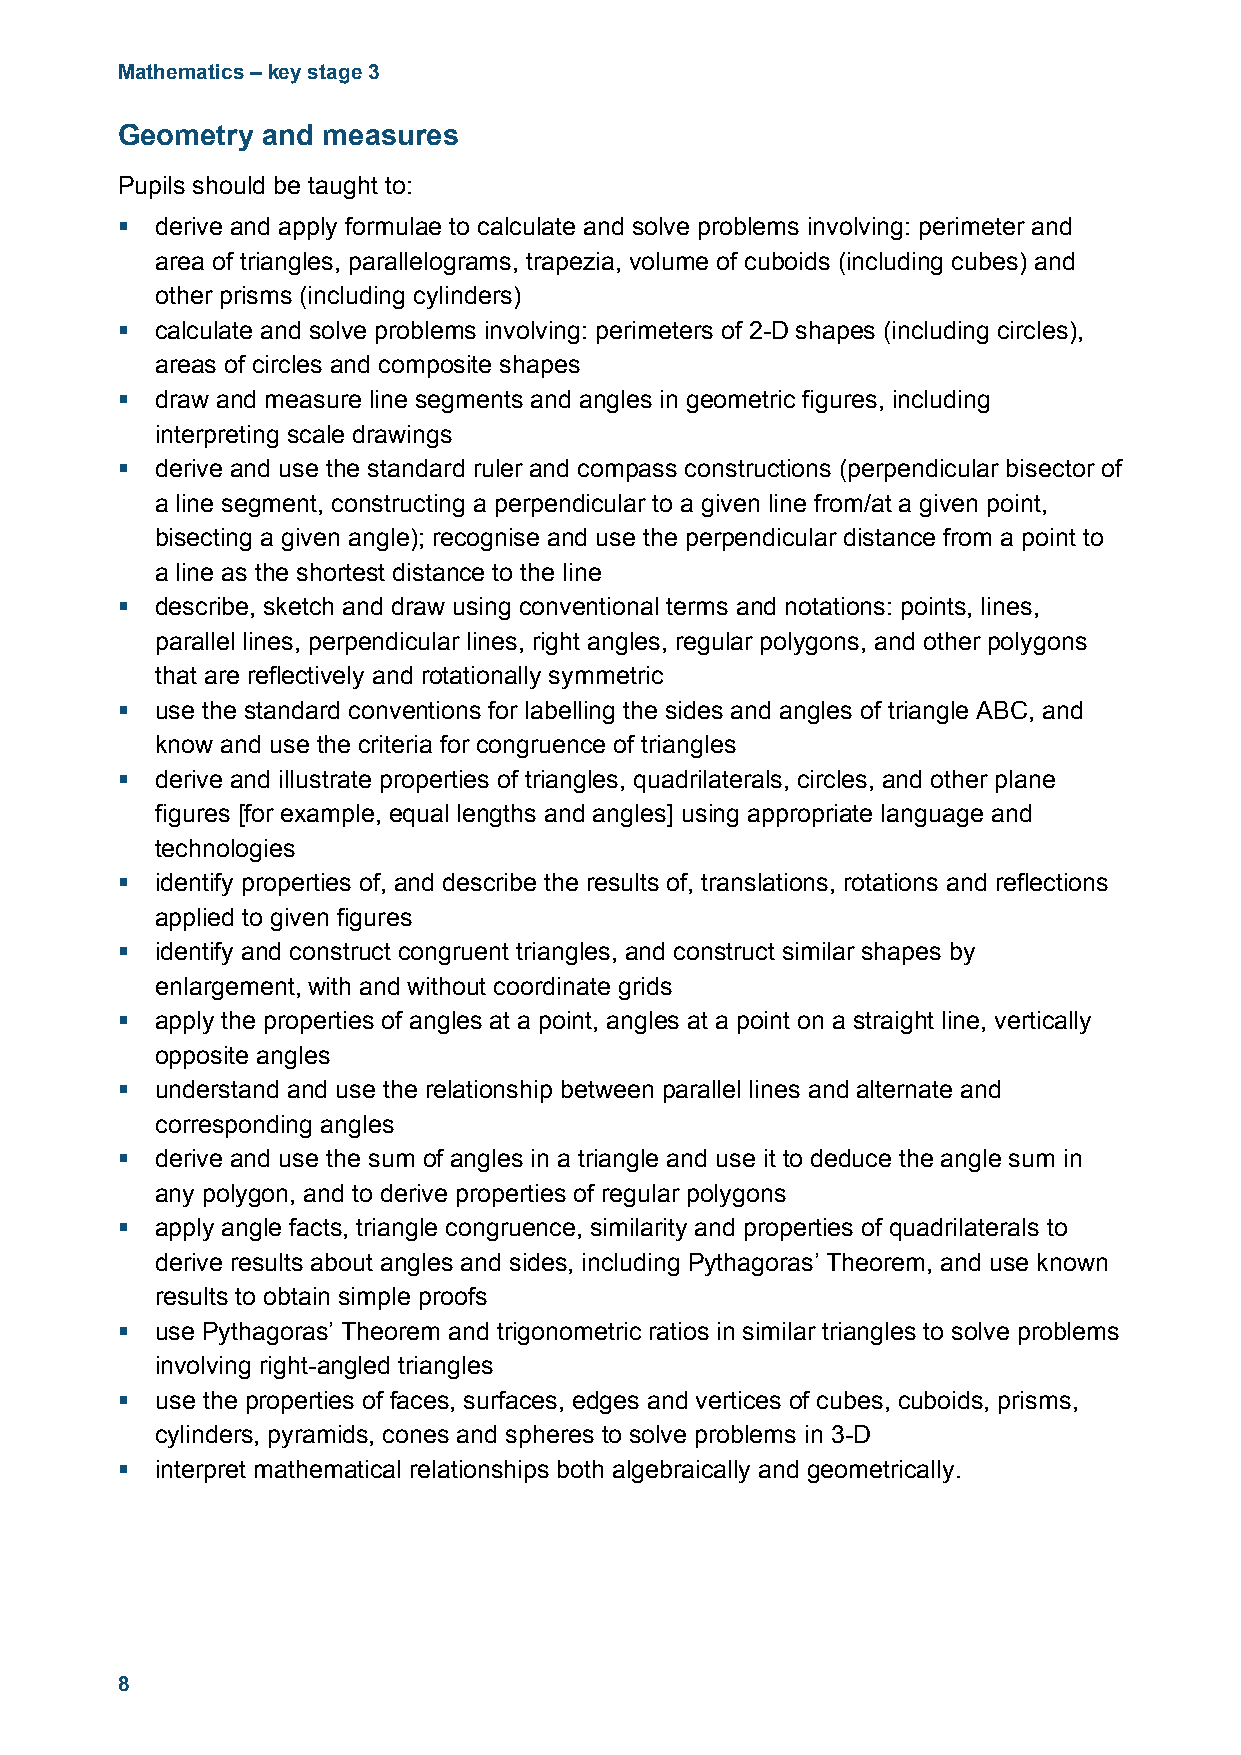
Mathematics – key stage 3
 Geometry and measures
 Pupils should be taught to:
  derive and apply formulae to calculate and solve problems involving: perimeter and
 area of triangles, parallelograms, trapezia, volume of cuboids (including cubes) and
 other prisms (including cylinders)
  calculate and solve problems involving: perimeters of 2-D shapes (including circles),
 areas of circles and composite shapes
  draw and measure line segments and angles in geometric figures, including
 interpreting scale drawings
  derive and use the standard ruler and compass constructions (perpendicular bisector of
 a line segment, constructing a perpendicular to a given line from/at a given point,
 bisecting a given angle); recognise and use the perpendicular distance from a point to
 a line as the shortest distance to the line
  describe, sketch and draw using conventional terms and notations: points, lines,
 parallel lines, perpendicular lines, right angles, regular polygons, and other polygons
 that are reflectively and rotationally symmetric
  use the standard conventions for labelling the sides and angles of triangle ABC, and
 know and use the criteria for congruence of triangles
  derive and illustrate properties of triangles, quadrilaterals, circles, and other plane
 figures [for example, equal lengths and angles] using appropriate language and
 technologies
  identify properties of, and describe the results of, translations, rotations and reflections
 applied to given figures
  identify and construct congruent triangles, and construct similar shapes by
 enlargement, with and without coordinate grids
  apply the properties of angles at a point, angles at a point on a straight line, vertically
 opposite angles
  understand and use the relationship between parallel lines and alternate and
 corresponding angles
  derive and use the sum of angles in a triangle and use it to deduce the angle sum in
 any polygon, and to derive properties of regular polygons
  apply angle facts, triangle congruence, similarity and properties of quadrilaterals to
 derive results about angles and sides, including Pythagoras’ Theorem, and use known
 results to obtain simple proofs
  use Pythagoras’ Theorem and trigonometric ratios in similar triangles to solve problems
 involving right-angled triangles
  use the properties of faces, surfaces, edges and vertices of cubes, cuboids, prisms,
 cylinders, pyramids, cones and spheres to solve problems in 3-D
  interpret mathematical relationships both algebraically and geometrically.
 8